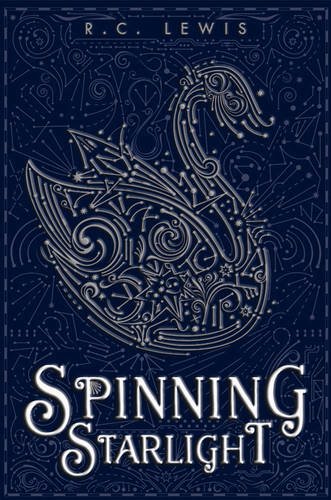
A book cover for Spinning Starlight; R.C. Lewis; Teen & Young Adult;